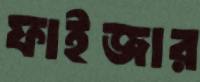
ফাইজার